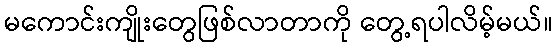
မကောင်းကျိုးတွေဖြစ်လာတာကို တွေ့ရပါလိမ့်မယ်။